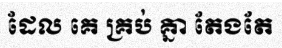
ដែល គេ គ្រប់ គ្នា តែងតែ